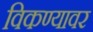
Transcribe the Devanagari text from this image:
विकण्यावर